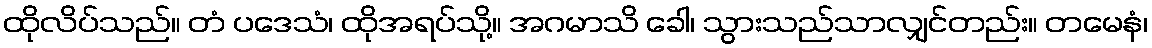
ထိုလိပ်သည်။ တံ ပဒေသံ၊ ထိုအရပ်သို့။ အဂမာသိ ခေါ၊ သွားသည်သာလျှင်တည်း။ တမေနံ၊